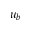
u _ { b }